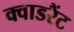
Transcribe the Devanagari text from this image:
क्वाडरैंट